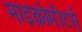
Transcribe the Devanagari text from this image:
माइक्रोमीटर्स